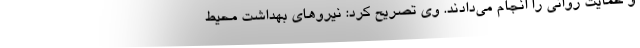
و حمایت روانی را انجام می‌دادند. وی تصریح کرد: نیروهای بهداشت محیط